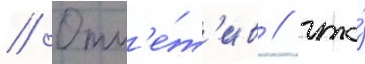
// Отм'е́т'ив / что́